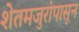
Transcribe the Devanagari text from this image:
शेतमजुरांपासून